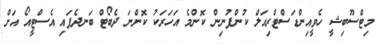
މިޓްސޫބިޝީ ހެވީއިންޑަސްްޓްރިއަލް ކުންފުނިން ކޮންމެ އަހަރަކު ކޮންނަ ދެބޯޓް ބަނދެފައި އެސްޓީއޯ އަށް